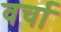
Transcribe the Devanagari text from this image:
वर्चा